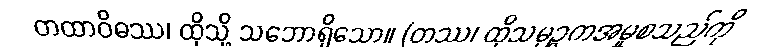
တထာဝိဓဿ၊ ထိုသို့ သဘောရှိသော။ (တဿ၊ ထိုသမုဉ္ဇကအမှုစသည်ကို